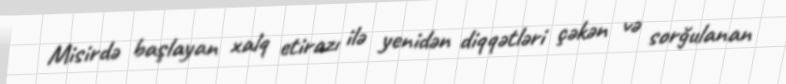
Misirdə başlayan xalq etirazı ilə yenidən diqqətləri çəkən və sorğulanan